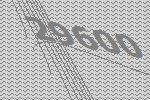
29600